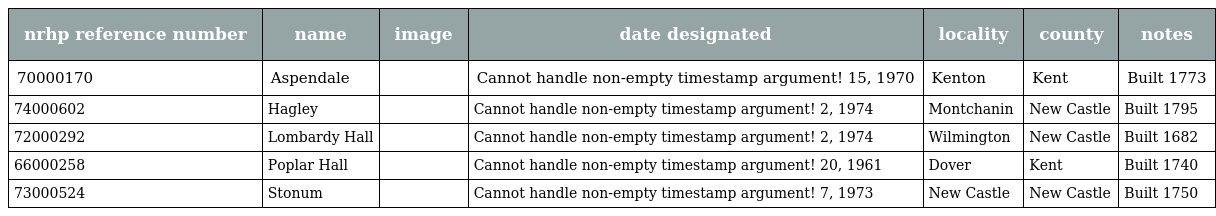
| nrhp reference number | name | image | date designated | locality | county | notes |
 | --- | --- | --- | --- | --- | --- | --- |
 | 70000170 | Aspendale |  | Cannot handle non-empty timestamp argument! 15, 1970 | Kenton | Kent | Built 1773 |
 | 74000602 | Hagley |  | Cannot handle non-empty timestamp argument! 2, 1974 | Montchanin | New Castle | Built 1795 |
 | 72000292 | Lombardy Hall |  | Cannot handle non-empty timestamp argument! 2, 1974 | Wilmington | New Castle | Built 1682 |
 | 66000258 | Poplar Hall |  | Cannot handle non-empty timestamp argument! 20, 1961 | Dover | Kent | Built 1740 |
 | 73000524 | Stonum |  | Cannot handle non-empty timestamp argument! 7, 1973 | New Castle | New Castle | Built 1750 |